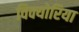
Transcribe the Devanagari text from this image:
विक्योरिया